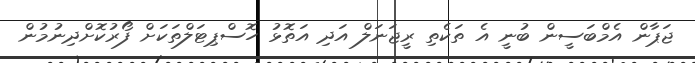
ޖަޕާން އެމްބަސީން ބުނީ އެ ތަކެތި ރީޖަނަލް އަދި އަތޮޅު ހޮސްޕިޓަލްތަކަށް ފޯރުކޮށްދިނުމުން